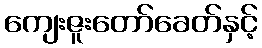
ကျေးဇူးတော်ခေတ်နှင့်